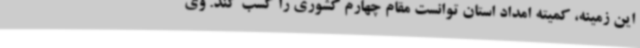
این زمینه، کمیته امداد استان توانست مقام چهارم کشوری را کسب کند. وی